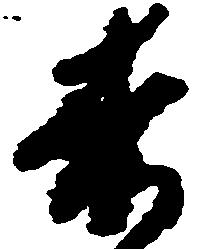
赤